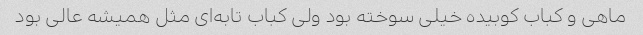
ماهی و‌ کباب کوبیده خیلی سوخته بود ولی کباب تابه‌ای مثل همیشه عالی بود